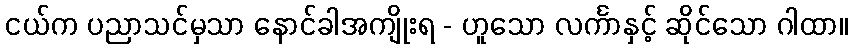
ငယ်က ပညာသင်မှသာ နောင်ခါအကျိုးရ - ဟူသော လင်္ကာနှင့် ဆိုင်သော ဂါထာ။